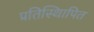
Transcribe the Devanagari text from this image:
प्रतिस्थिापित